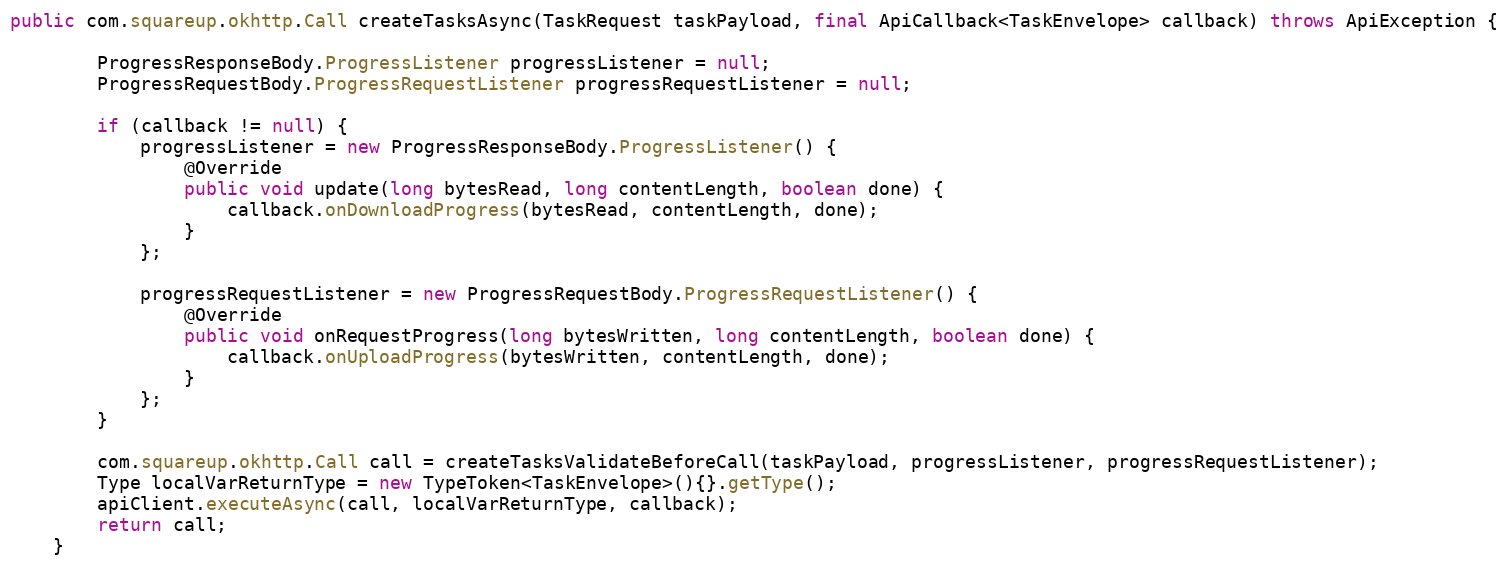
Language: Java
public com.squareup.okhttp.Call createTasksAsync(TaskRequest taskPayload, final ApiCallback<TaskEnvelope> callback) throws ApiException {

        ProgressResponseBody.ProgressListener progressListener = null;
        ProgressRequestBody.ProgressRequestListener progressRequestListener = null;

        if (callback != null) {
            progressListener = new ProgressResponseBody.ProgressListener() {
                @Override
                public void update(long bytesRead, long contentLength, boolean done) {
                    callback.onDownloadProgress(bytesRead, contentLength, done);
                }
            };

            progressRequestListener = new ProgressRequestBody.ProgressRequestListener() {
                @Override
                public void onRequestProgress(long bytesWritten, long contentLength, boolean done) {
                    callback.onUploadProgress(bytesWritten, contentLength, done);
                }
            };
        }

        com.squareup.okhttp.Call call = createTasksValidateBeforeCall(taskPayload, progressListener, progressRequestListener);
        Type localVarReturnType = new TypeToken<TaskEnvelope>(){}.getType();
        apiClient.executeAsync(call, localVarReturnType, callback);
        return call;
    }